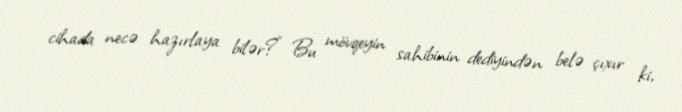
cihada necə hazırlaya bilər?” Bu mövqeyin sahibinin dediyindən belə çıxır ki,